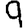
Digit: 9